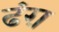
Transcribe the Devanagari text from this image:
ढंग़